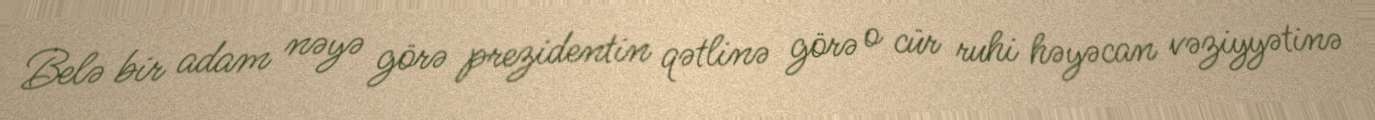
Belə bir adam nəyə görə prezidentin qətlinə görə o cür ruhi həyəcan vəziyyətinə